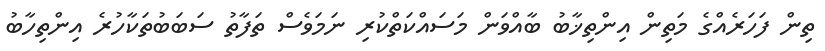
ތިން ފަހަރެއްގެ މަތިން އިންތިޚާބު ބާއްވަން މަސައްކަތްކުރި ނަމަވެސް ތަފާތު ސަބަބުތަކާހުރެ އިންތިހާބު